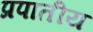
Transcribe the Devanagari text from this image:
प्रपातीय